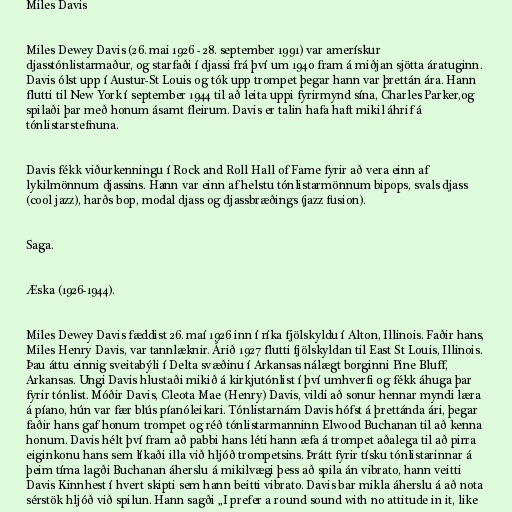
Miles Davis

Miles Dewey Davis (26. mai 1926 - 28. september 1991) var amerískur
djasstónlistarmaður, og starfaði í djassi frá því um 1940 fram á miðjan sjötta áratuginn.
Davis ólst upp í Austur-St Louis og tók upp trompet þegar hann var þrettán ára. Hann
flutti til New York í september 1944 til að leita uppi fyrirmynd sína, Charles Parker,og
spilaði þar með honum ásamt fleirum. Davis er talin hafa haft mikil áhrif á
tónlistarstefnuna.

Davis fékk viðurkenningu í Rock and Roll Hall of Fame fyrir að vera einn af
lykilmönnum djassins. Hann var einn af helstu tónlistarmönnum bipops, svals djass
(cool jazz), harðs bop, modal djass og djassbræðings (jazz fusion).

Saga.

Æska (1926-1944).

Miles Dewey Davis fæddist 26. maí 1926 inn í ríka fjölskyldu í Alton, Illinois. Faðir hans,
Miles Henry Davis, var tannlæknir. Árið 1927 flutti fjölskyldan til East St Louis, Illinois.
Þau áttu einnig sveitabýli í Delta svæðinu í Arkansas nálægt borginni Pine Bluff,
Arkansas. Ungi Davis hlustaði mikið á kirkjutónlist í því umhverfi og fékk áhuga þar
fyrir tónlist. Móðir Davis, Cleota Mae (Henry) Davis, vildi að sonur hennar myndi læra
á píano, hún var fær blús píanóleikari. Tónlistarnám Davis hófst á þrettánda ári, þegar
faðir hans gaf honum trompet og réð tónlistarmanninn Elwood Buchanan til að kenna
honum. Davis hélt því fram að pabbi hans léti hann æfa á trompet aðalega til að pirra
eiginkonu hans sem líkaði illa við hljóð trompetsins. Þrátt fyrir tísku tónlistarinnar á
þeim tíma lagði Buchanan áherslu á mikilvægi þess að spila án vibrato, hann veitti
Davis Kinnhest í hvert skipti sem hann beitti vibrato. Davis bar mikla áherslu á að nota
sérstök hljóð við spilun. Hann sagði „I prefer a round sound with no attitude in it, like